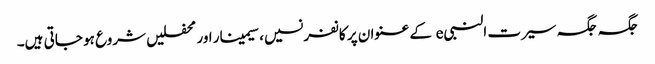
جگہ جگہ سیرت النبیe کے عنوان پر کانفرنسیں، سیمینار اور محفلیں شروع ہو جاتی ہیں۔